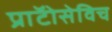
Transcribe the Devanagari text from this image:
प्राॅटोसेविच